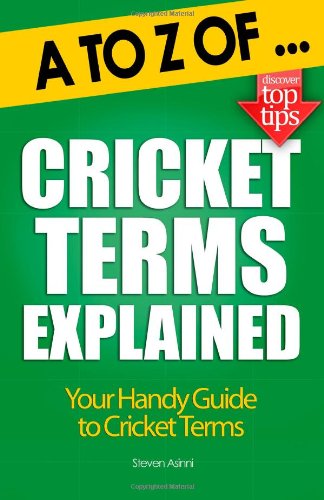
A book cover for A to Z of Cricket Terms Explained; Steven Asinni; Sports & Outdoors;